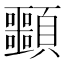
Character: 䫷